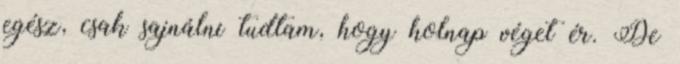
egész, csak sajnálni tudtam, hogy holnap véget ér. De